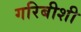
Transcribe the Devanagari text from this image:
गरिबीशी